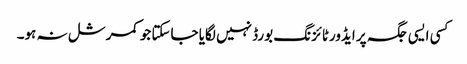
کسی ایسی جگہ پر ایڈورٹائزنگ بورڈ نہیں لگایا جاسکتا جو کمرشل نہ ہو۔